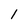
Character: 1